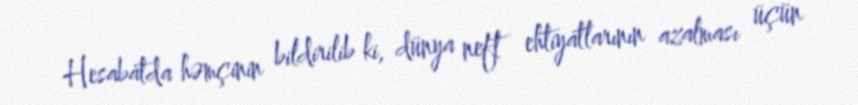
Hesabatda həmçinin bildirilib ki, dünya neft ehtiyatlarının azalması üçün